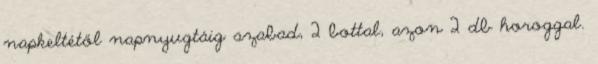
napkeltétől napnyugtáig szabad, 2 bottal, azon 2 db horoggal.